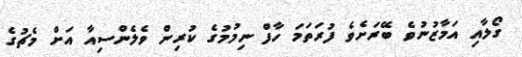
ގޯލާއި އަމާޒުނުވެ ބޭރަށެވެ ފުރަތަމަ ހާފް ނިމުމުގެ ކުރިން ވެލެންސިއާ އަށް މެޗުގެ